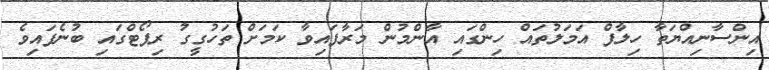
އިންސާނިއްޔަތާ ހިލާފް އަމަލުތައް ހިންގައި އާންމުން މަރާފައިވާ ކަމަށް ތަހުގީގު ރިޕޯޓްގައި ބުނެފައިވެ